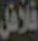
فلافل